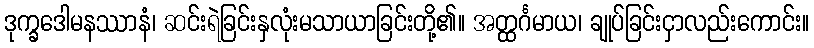
ဒုက္ခဒေါမနဿာနံ၊ ဆင်းရဲခြင်းနှလုံးမသာယာခြင်းတို့၏။ အတ္ထင်္ဂမာယ၊ ချုပ်ခြင်းငှာလည်းကောင်း။